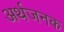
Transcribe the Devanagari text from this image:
अर्थजनक